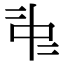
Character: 𠁩